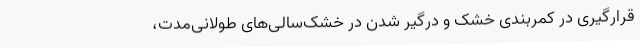
قرار‌گیری در کمربندی خشک و درگیر شدن در خشک‌سالی‌های طولانی‌مدت،